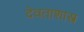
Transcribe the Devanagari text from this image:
देवताशास्त्र